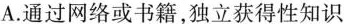
A.通过网络或书籍，独立获得性知识